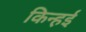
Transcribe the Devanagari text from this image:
किन्हई